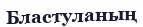
Бластуланың